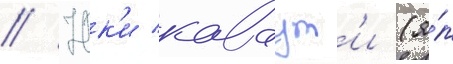
// Юк'и каваут'и (я́п